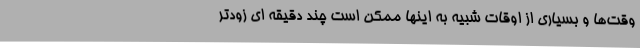
وقت‌ها و بسیاری از اوقات شبیه به اینها ممکن است چند دقیقه ای زودتر